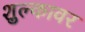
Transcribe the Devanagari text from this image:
शुल्कावर